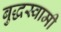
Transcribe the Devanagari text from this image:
बुद्धस्वामी